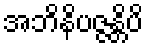
အဘိနိပဇ္ဇန္တိပိ